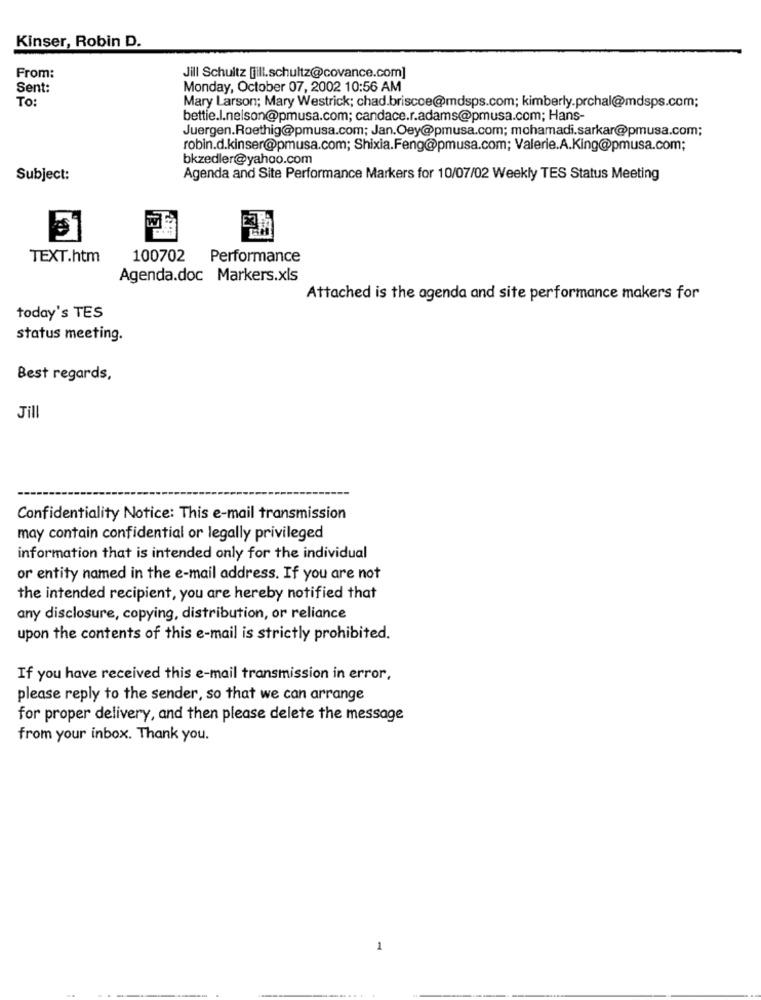
Kinser, Robin D.
From:
Jill Schultz [ill.schultz@covance.com]
Sent:
Monday, October 07, 2002 10:56 AM
TO:
Mary Larson; Mary Westrick; chad.briscoe@mdsps.com; kimberly.prchal@mdsps.com;
bettie.l.nelson@pmusa.com; candace.r.adams@pmusa.com; Hans-
Juergen.Roethig@pmusa.com; Jan.Oey@pmusa.com; mohamadi.sarkar@pmusa.com;
robin.d.kinser@pmusa.com; Shixia.Feng@pmusa.com; Valerie.A.King@pmusa.com;
bkzedler@yahoo.com
Subject:
Agenda and Site Performance Markers for 10/07/02 Weekly TES Status Meeting
TEXT.htm
100702
Performance
Agenda.doc Markers.xls
Attached is the agenda and site performance makers for
today's TES
status meeting.
Best regards,
Jill
Confidentiality Notice: This e-mail transmission
may contain confidential or legally privileged
information that is intended only for the individual
or entity named in the e-mail address. If you are not
the intended recipient, you are hereby notified that
any disclosure, copying, distribution, or reliance
upon the contents of this e-mail is strictly prohibited.
If you have received this e-mail transmission in error,
please reply to the sender, so that we can arrange
for proper delivery, and then please delete the message
from your inbox. Thank you.
1